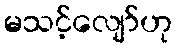
မသင့်လျော်ဟု